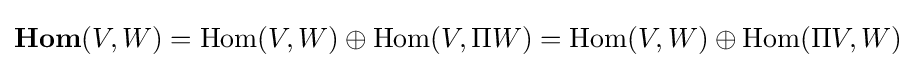
\mathbf {Hom} (V,W)=\mathrm {Hom} (V,W)\oplus \mathrm {Hom} (V,\Pi W)=\mathrm {Hom} (V,W)\oplus \mathrm {Hom} (\Pi V,W)